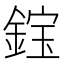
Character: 𫒭